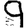
Digit: 9